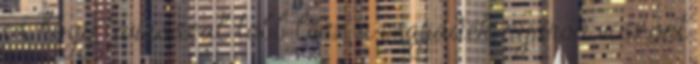
is, hogy tavasszal több lesz a csapadék, nyáron viszont